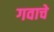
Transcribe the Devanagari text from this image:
गवाचे